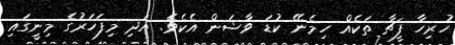
ހުރިހާ ފީޗާ ތަކެއް ހިމެނޭ ކުޑަ ވާޝަން އެކެވެ. އަދި މިފަހަރުގެ މިނީގައި